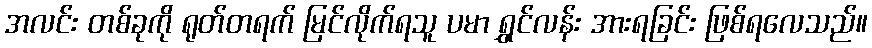
အလင်း တစ်ခုကို ရုတ်တရက် မြင်လိုက်ရသူ ပမာ ရွှင်လန်း အားရခြင်း ဖြစ်ရလေသည်။